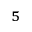
^ 5